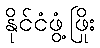
နိုင်ငံဖွံ့ဖြိုး